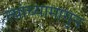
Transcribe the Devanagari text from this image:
त्यांच्यामागुन